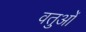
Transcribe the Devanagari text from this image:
वतुओं